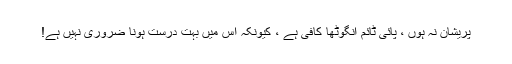
پریشان نہ ہوں ، پائی ٹائم انگوٹھا کافی ہے ، کیونکہ اس میں بہت درست ہونا ضروری نہیں ہے!